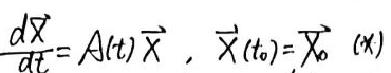
$\frac{d\vec{X}}{dt}=A(t)\vec{X},\vec{X}(t_0)=\vec{X}_0 \ (1)$